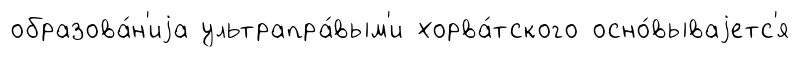
образова́н'иjа ультрапра́вым'и хорва́тского осно́вываjетс'я